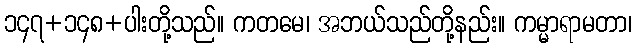
၁၄၇+၁၄၈+ပါးတို့သည်။ ကတမေ၊ အဘယ်သည်တို့နည်း။ ကမ္မာရာမတာ၊